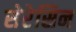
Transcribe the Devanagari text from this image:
सेरेसिन